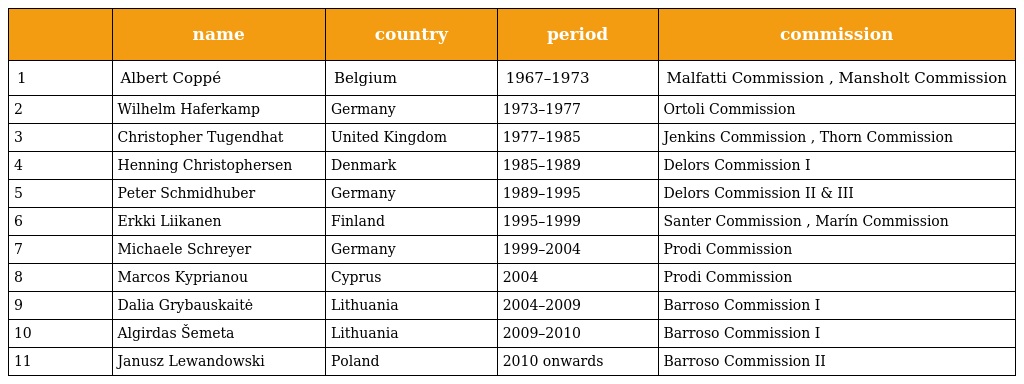
|  | name | country | period | commission |
 | --- | --- | --- | --- | --- |
 | 1 | Albert Coppé | Belgium | 1967–1973 | Malfatti Commission , Mansholt Commission |
 | 2 | Wilhelm Haferkamp | Germany | 1973–1977 | Ortoli Commission |
 | 3 | Christopher Tugendhat | United Kingdom | 1977–1985 | Jenkins Commission , Thorn Commission |
 | 4 | Henning Christophersen | Denmark | 1985–1989 | Delors Commission I |
 | 5 | Peter Schmidhuber | Germany | 1989–1995 | Delors Commission II & III |
 | 6 | Erkki Liikanen | Finland | 1995–1999 | Santer Commission , Marín Commission |
 | 7 | Michaele Schreyer | Germany | 1999–2004 | Prodi Commission |
 | 8 | Marcos Kyprianou | Cyprus | 2004 | Prodi Commission |
 | 9 | Dalia Grybauskaitė | Lithuania | 2004–2009 | Barroso Commission I |
 | 10 | Algirdas Šemeta | Lithuania | 2009–2010 | Barroso Commission I |
 | 11 | Janusz Lewandowski | Poland | 2010 onwards | Barroso Commission II |